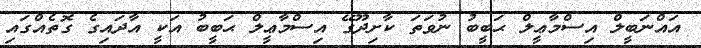
އައްނަބީލް އިސްމާޢީލް ޙަބީބު ނުވަތަ ކާށިދޫގޭ އިސްމާޢީލް ޙަބީބު އަކީ އާދައިގެ ގޮތެއްގައި